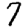
Digit: 7